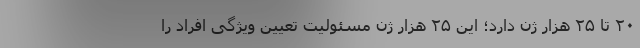
۲۰ تا ۲۵ هزار ژن دارد؛ این ۲۵ هزار ژن مسئولیت تعیین ویژگی افراد را